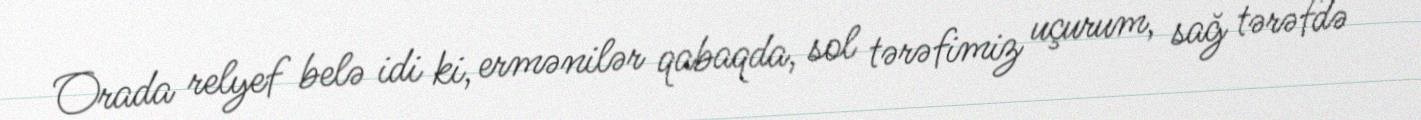
Orada relyef belə idi ki, ermənilər qabaqda, sol tərəfimiz uçurum, sağ tərəfdə